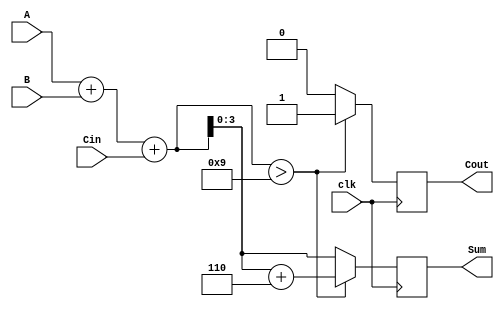
module BCD_Synchronous_Adder (
    input  wire [3:0] A,     // 4-bit BCD input A
    input  wire [3:0] B,     // 4-bit BCD input B
    input  wire Cin,         // 1-bit carry input
    input  wire clk,         // Clock signal
    output reg [3:0] Sum,    // 4-bit BCD output 
    output reg Cout          // 1-bit carry output
);

    // Internal signals
    wire [4:0] RawSum;       // 5-bit signal for raw sum
    wire Adjust;             // Signal to determine if adjustment is needed

    // Compute raw sum of inputs
    assign RawSum = A + B + Cin;

    // Determine if adjustment is needed (if RawSum exceeds 9)
    assign Adjust = (RawSum > 9);

    always @(posedge clk) begin
        // If adjustment is needed, add 6 to the raw sum
        if (Adjust) begin
            Sum <= RawSum + 5'd6;
            Cout <= 1'b1; // Set carry out
        end else begin
            Sum <= RawSum[3:0]; // Lower 4 bits of raw sum
            Cout <= 1'b0; // No carry out
        end
    end

endmodule